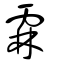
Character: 霖